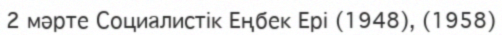
2 мәрте Социалистік Еңбек Ері (1948), (1958)